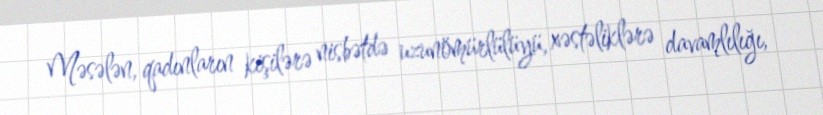
Məsələn, qadınların kişilərə nisbətdə uzunömürlülüyü, xəstəliklərə davamlılığı,